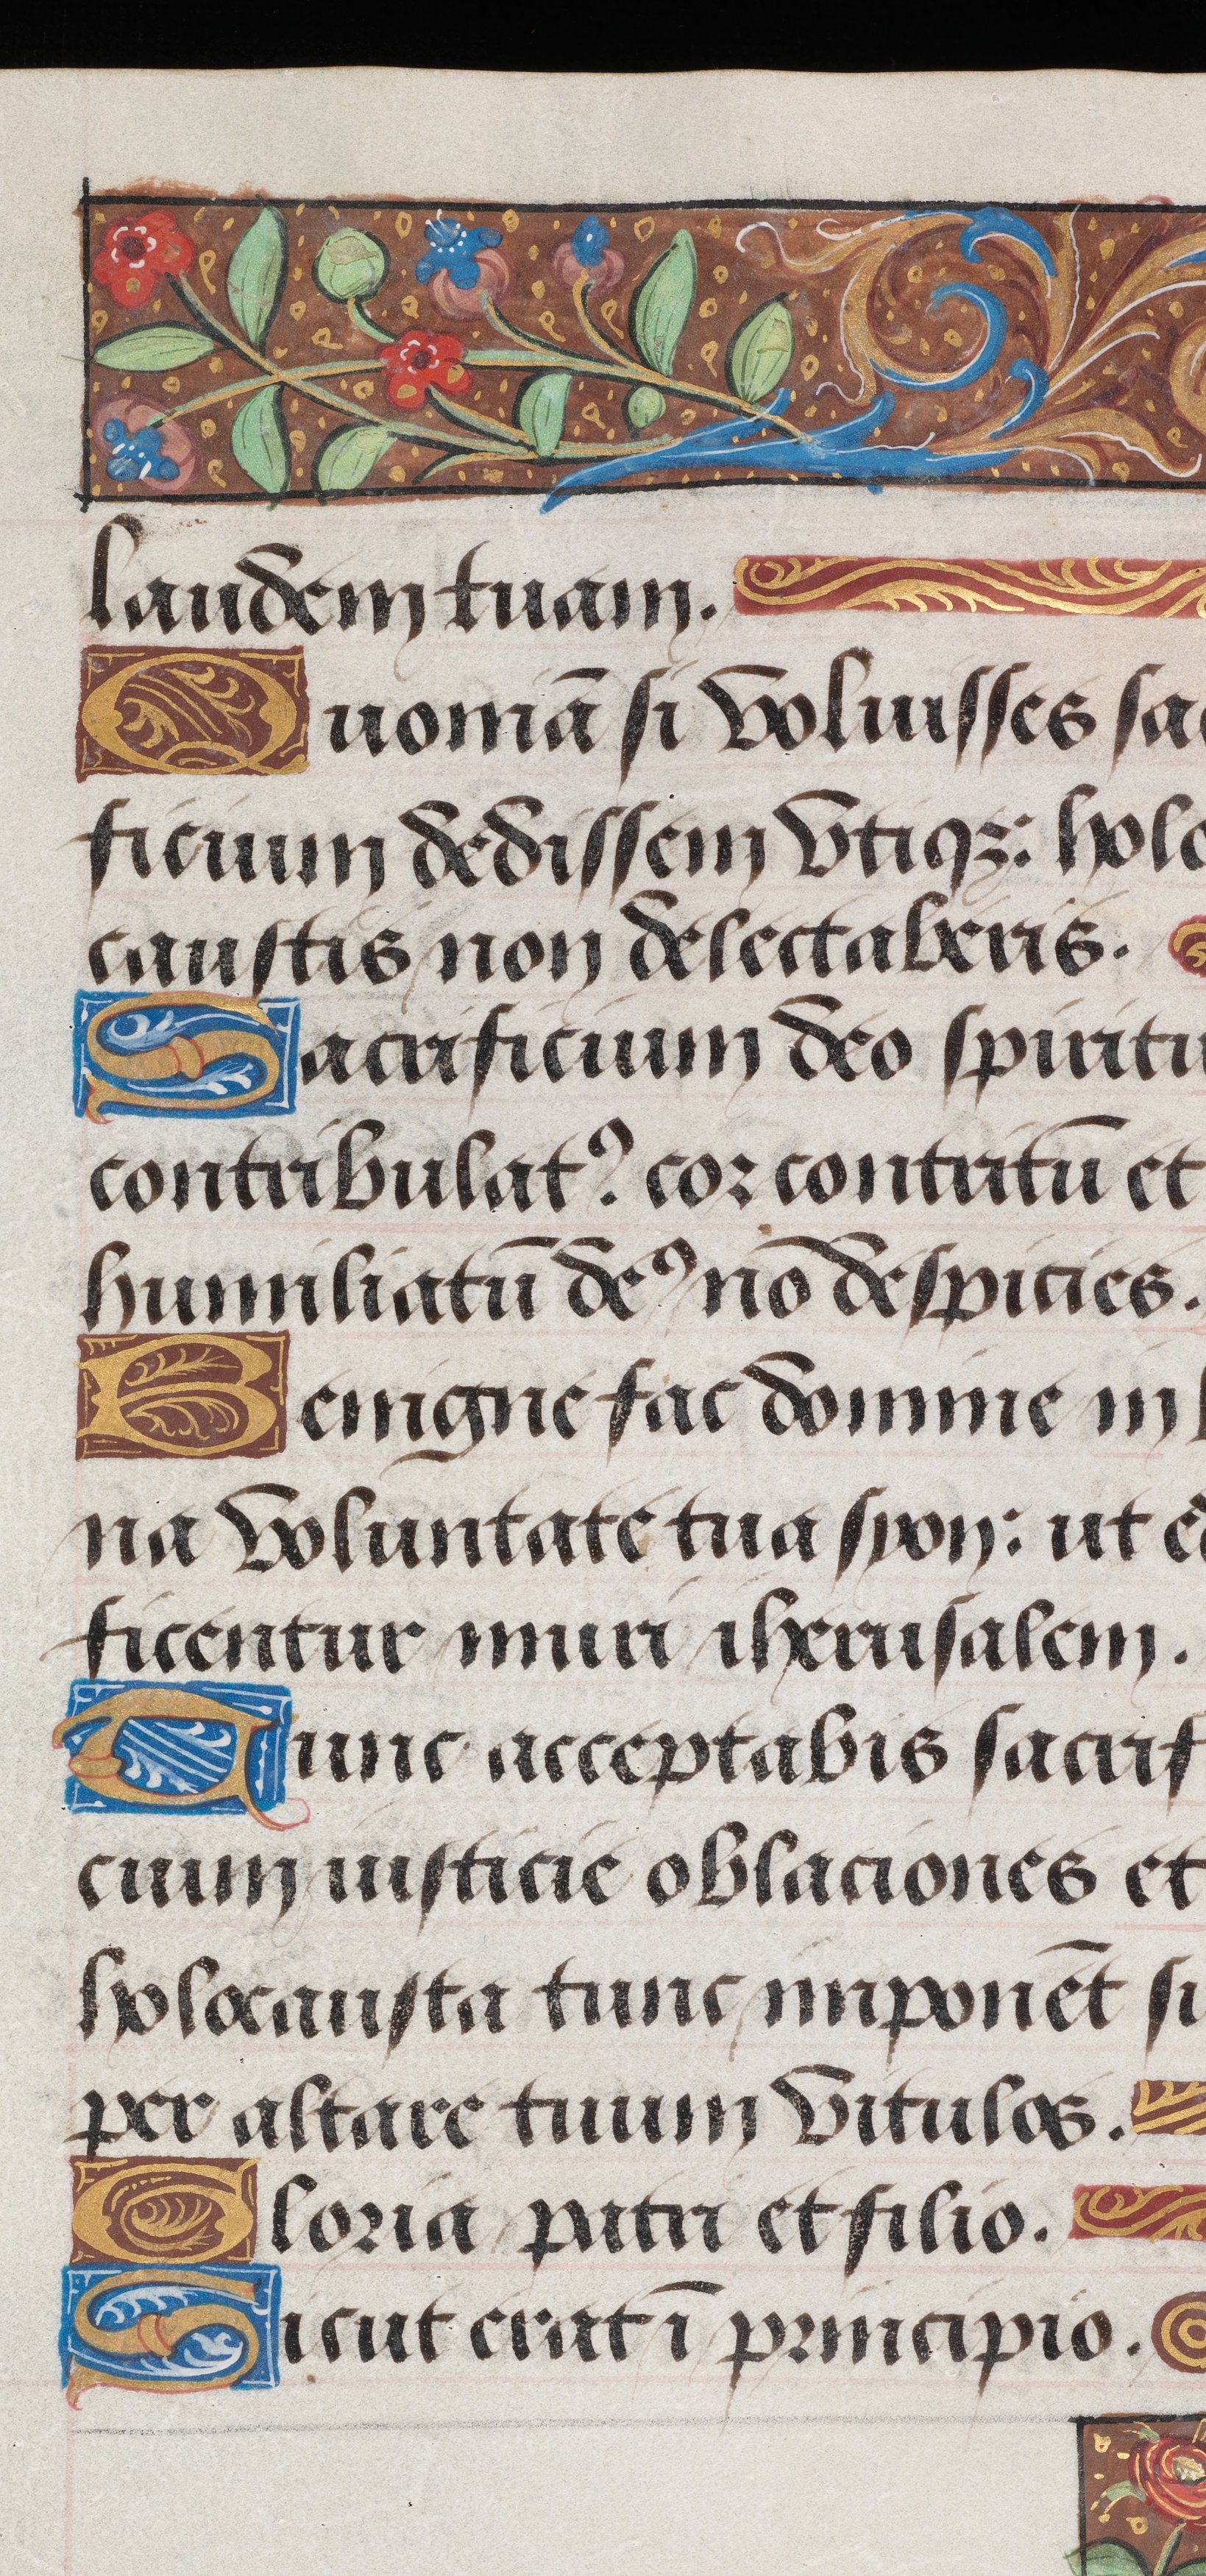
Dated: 1495–1498